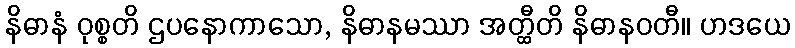
နိဓာနံ ဝုစ္စတိ ဌပနောကာသော, နိဓာနမဿာ အတ္ထီတိ နိဓာနဝတီ။ ဟဒယေ